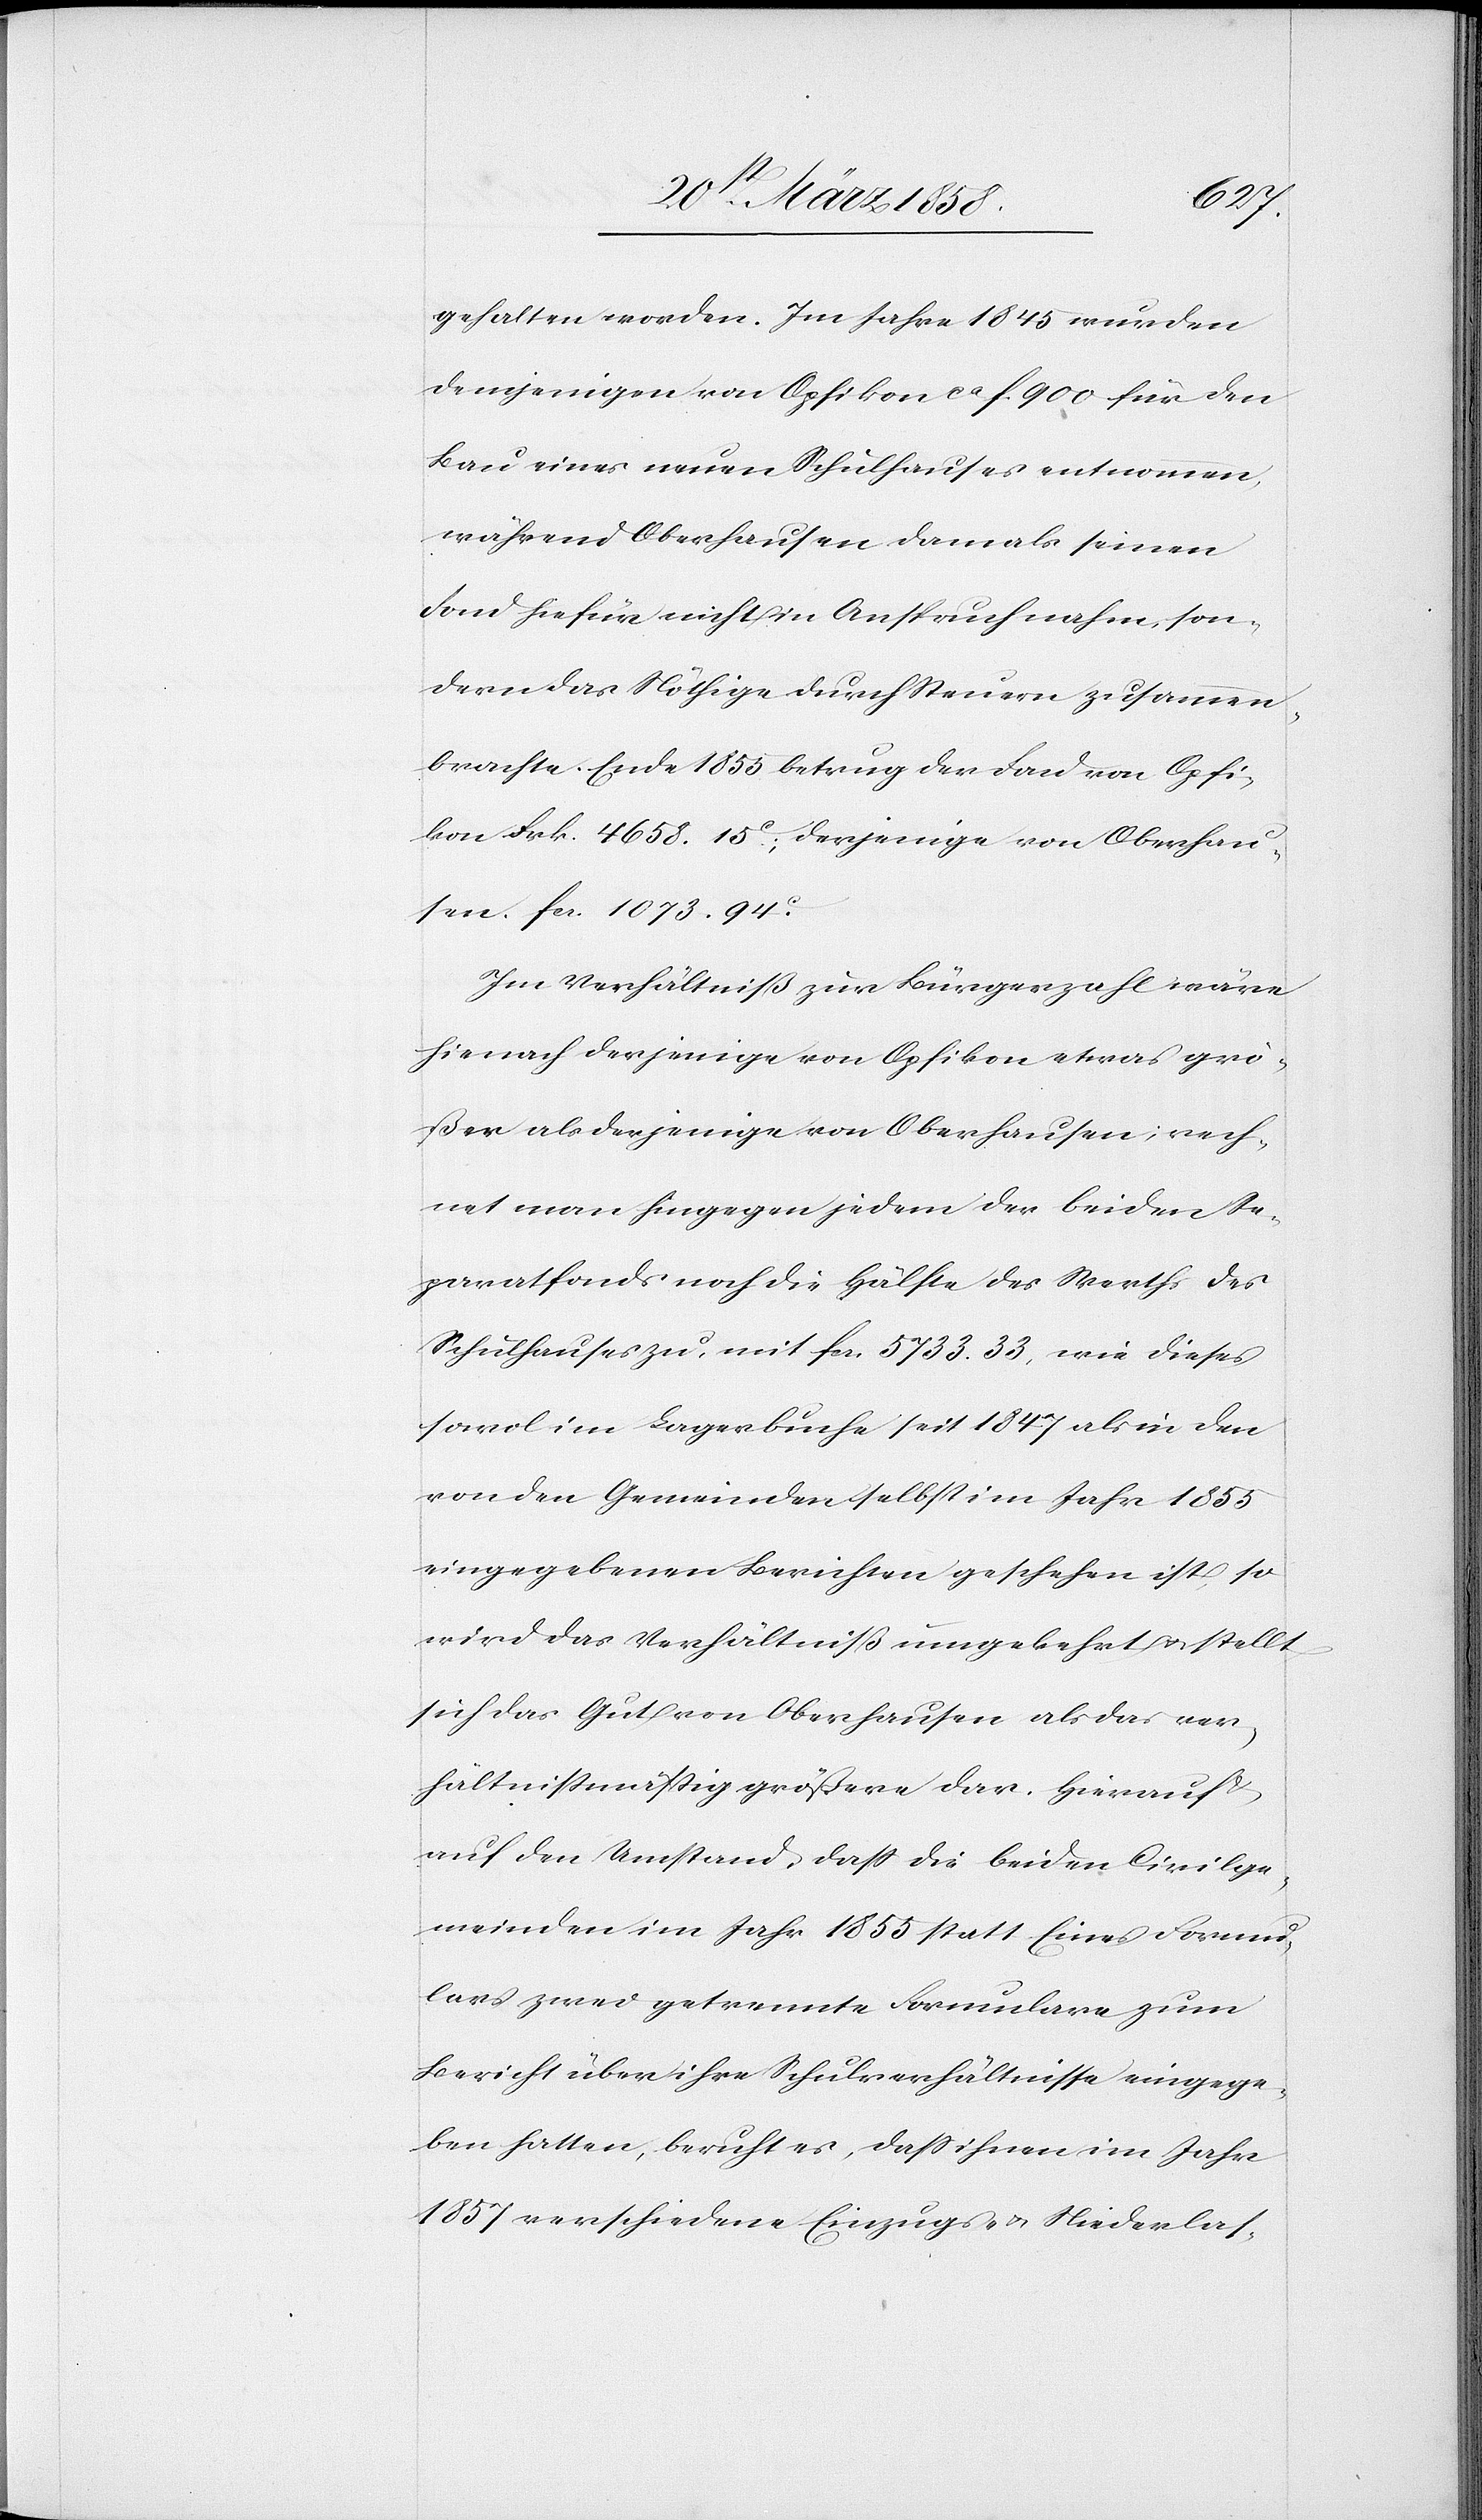
gehalten worden. Im Jahre 1845 wurden
demjenigen von Opfikon ca f. 900 für den
Bau eines neuen Schulhauses entnommen,
während Oberhausen damals seinen
Fond hiefür nicht in Anspruch nahm, son¬
dern das Nöthige durch Steuern zusammen¬
brachte. Ende 1855 betrug der Fond von Opfi¬
kon Frk. 4658 15C; derjenige von Oberhau¬
sen fcs. 1073 94C.
Im Verhältniß zur Bürgerzahl wäre
hienach derjenige von Opfikon etwas grö¬
ßer als derjenige von Oberhausen; rech¬
net man hingegen jedem der beiden Se¬
paratfonds noch die Hälfte des Werths des
Schulhauses zu, mit fcs. 5733 33, wie dieses
sowol im Lagerbuche seit 1847 als in den
von den Gemeinden selbst im Jahr 1855
eingegebenen Berichten geschehen ist, so
wird das Verhältniß umgekehrt u. stellt
sich das Gut von Oberhausen als das ver¬
hältnißmäßig größere dar. Hierauf
auf den Umstand, daß die beiden Civilge¬
meinden im Jahr 1855 statt Eines Formu¬
lars zwei getrennte Formulare zum
Bericht über ihre Schulverhältnisse eingege¬
ben hatten, beruht es, daß ihnen im Jahre
1857 verschiedene Einzugs- u. Niederlas-